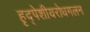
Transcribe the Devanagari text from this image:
हृद्‌पेशीयरोधगलन